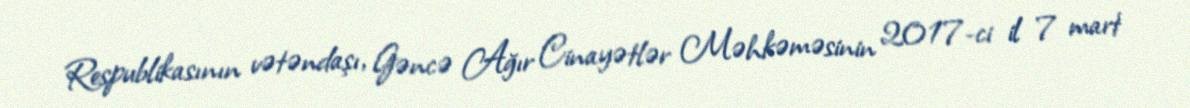
Respublikasının vətəndaşı, Gəncə Ağır Cinayətlər Məhkəməsinin 2017-ci il 7 mart